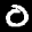
Label: 0